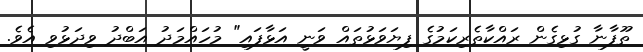
ތޫފާނާ ގުޅިގެން ރައްކާތެރިކަމުގެ ފިޔަވަޅުތައް ވަނީ އަޅާފައި" މުހައްމަދު އަބްދު ވިދަޅުވި އެވެ.